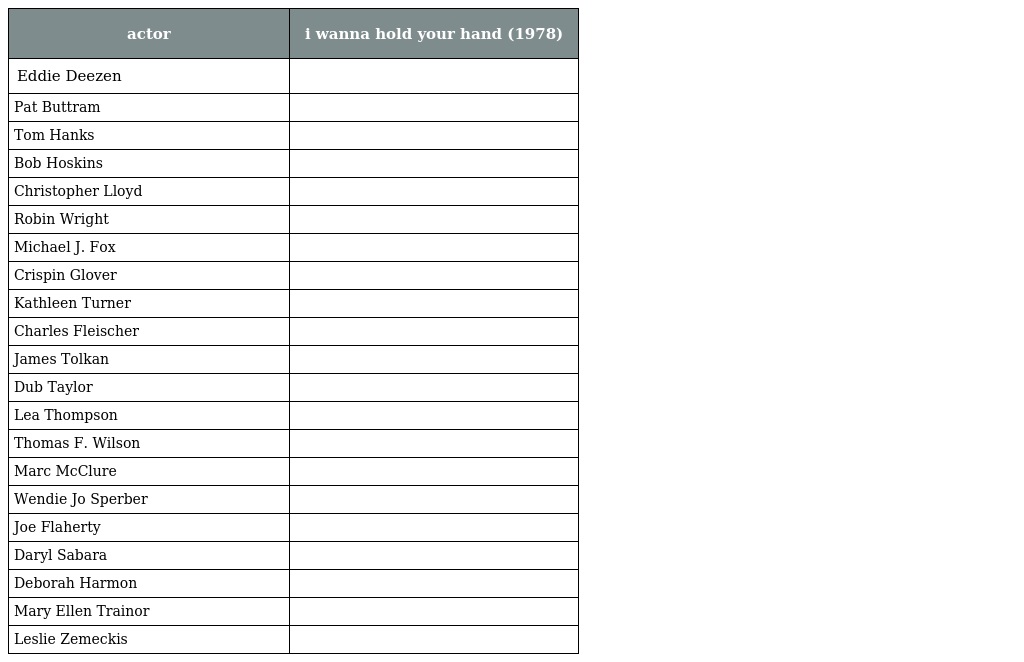
| actor | i wanna hold your hand (1978) |
 | --- | --- |
 | Eddie Deezen |  |
 | Pat Buttram |  |
 | Tom Hanks |  |
 | Bob Hoskins |  |
 | Christopher Lloyd |  |
 | Robin Wright |  |
 | Michael J. Fox |  |
 | Crispin Glover |  |
 | Kathleen Turner |  |
 | Charles Fleischer |  |
 | James Tolkan |  |
 | Dub Taylor |  |
 | Lea Thompson |  |
 | Thomas F. Wilson |  |
 | Marc McClure |  |
 | Wendie Jo Sperber |  |
 | Joe Flaherty |  |
 | Daryl Sabara |  |
 | Deborah Harmon |  |
 | Mary Ellen Trainor |  |
 | Leslie Zemeckis |  |